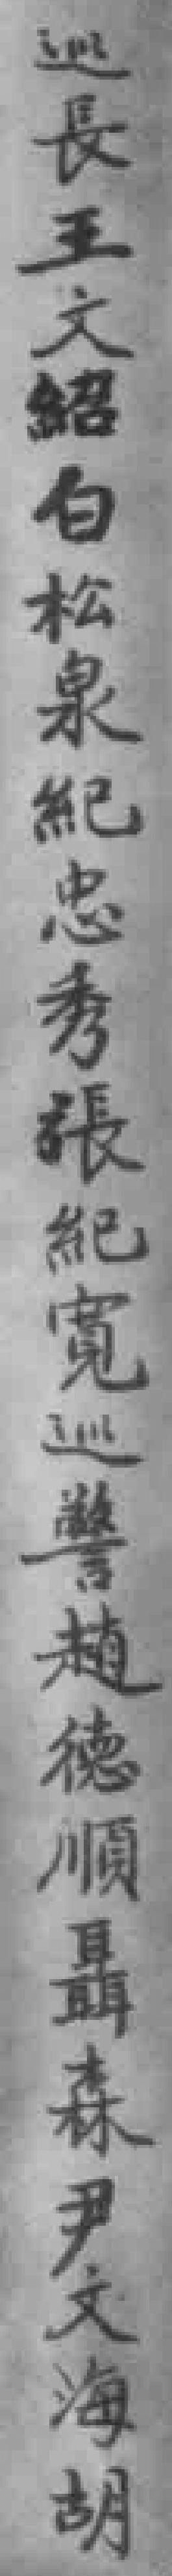
巡長王文紹白松泉紀忠秀張紀寬巡警趙德順聶森尹文海胡